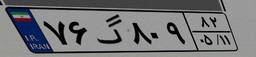
۷۶گ۸۰۹۸۲